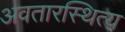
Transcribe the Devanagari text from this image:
अवतारस्थित्य